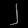
Digit: ၂